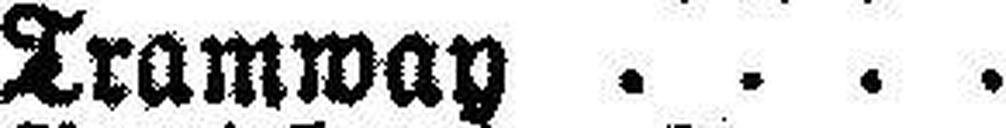
Tramway